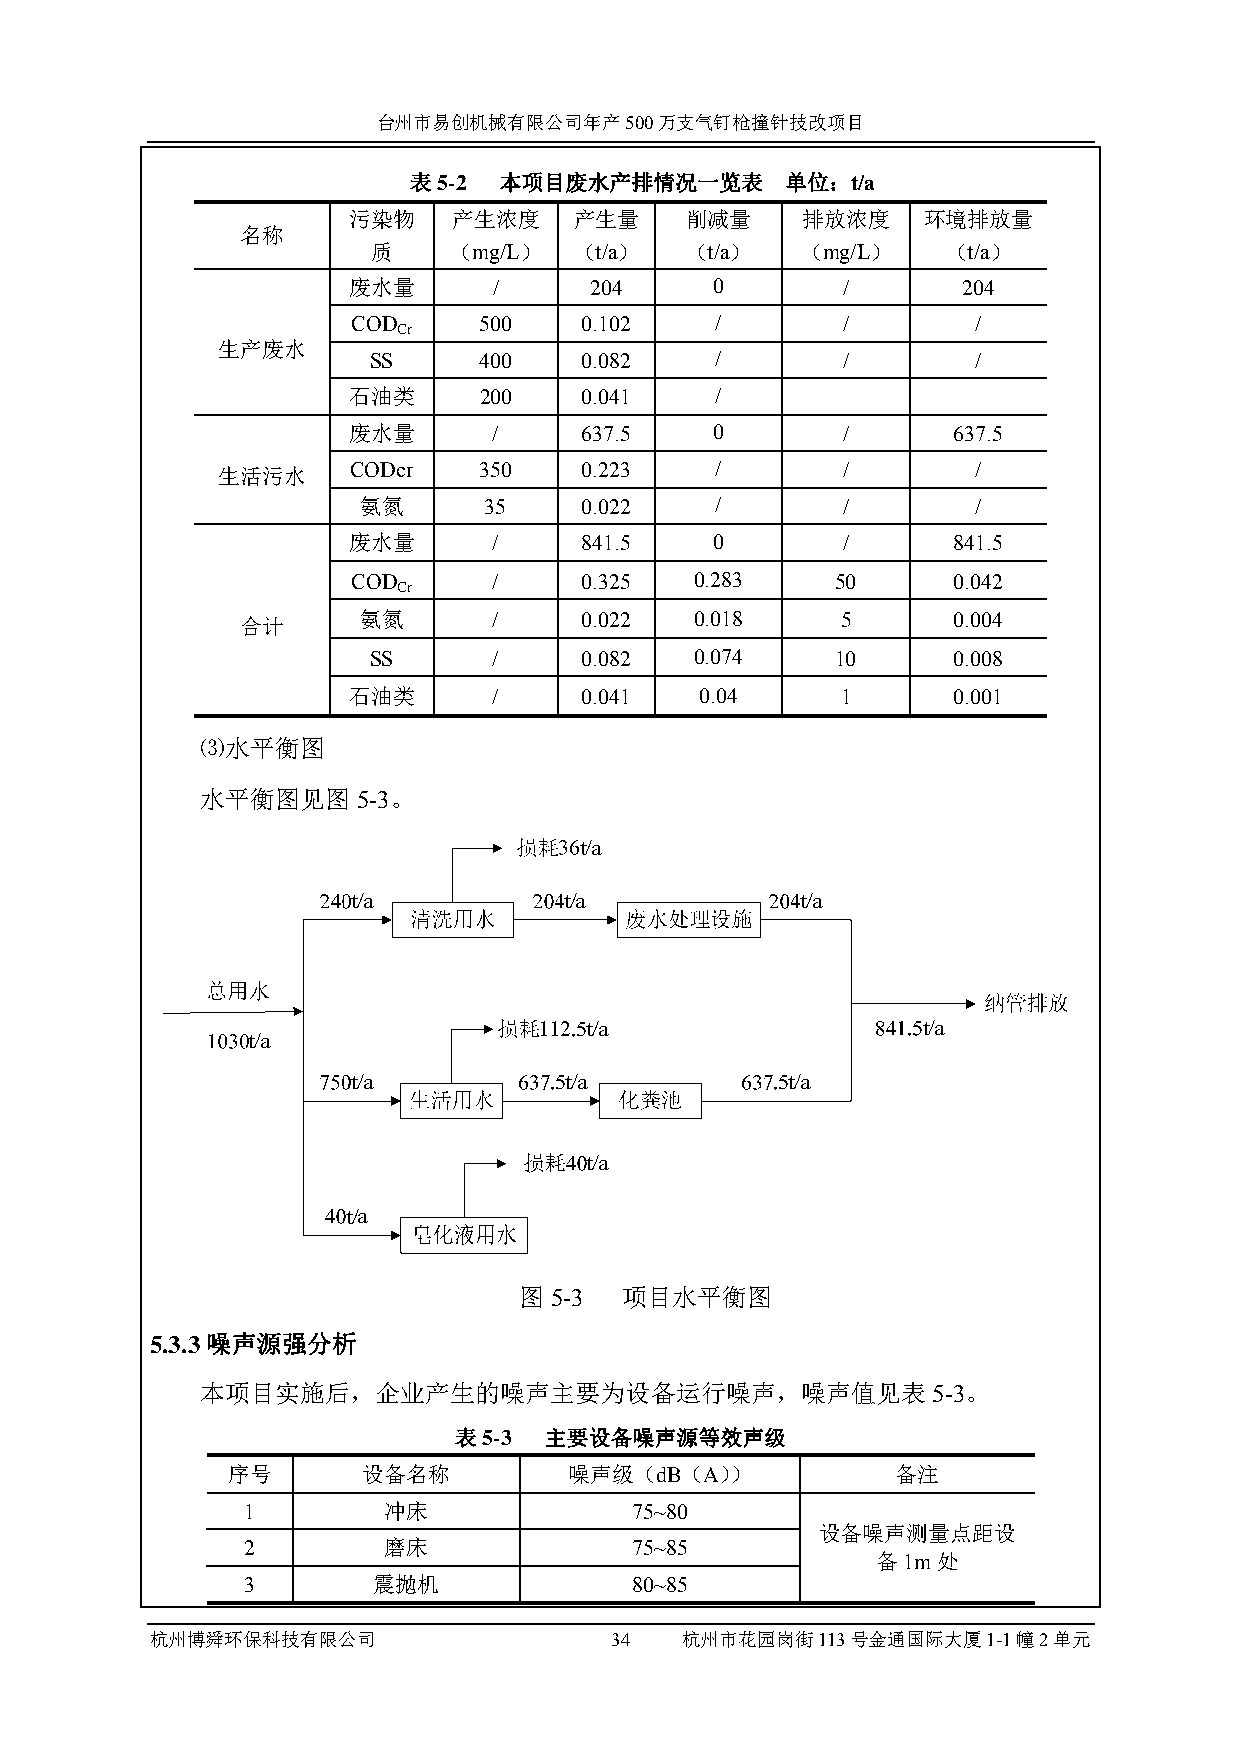
台州市易创机械有限公司年产500万支气钉枪撞针技改项目
 表5-2  本项目废水产排情况一览表       单位：t/a
 污染物    产生浓度    产生量    削减量     排放浓度    环境排放量
 名称
 质    （mg/L）  （t/a）  （t/a）   （mg/L）    （t/a）
 废水量       /     204     0        /       204
 COD      500   0.102    /        /        /
 Cr
 生产废水
 SS      400   0.082    /        /        /
 石油类      200   0.041    /
 废水量       /    637.5    0        /      637.5
 生活污水     CODcr    350   0.223    /        /        /
 氨氮      35    0.022    /        /        /
 废水量       /    841.5    0        /      841.5
 COD       /    0.325   0.283    50      0.042
 Cr
 合计      氨氮       /    0.022   0.018     5      0.004
 SS       /    0.082   0.074    10      0.008
 石油类       /    0.041   0.04      1      0.001
 ⑶水平衡图
 水平衡图见图5-3。
 图5-3   项目水平衡图
 5.3.3噪声源强分析
 本项目实施后，企业产生的噪声主要为设备运行噪声，噪声值见表5-3。
 表5-3  主要设备噪声源等效声级
 序号       设备名称          噪声级（dB（A））           备注
 1        冲床               75~80
 设备噪声测量点距设
 2        磨床               75~85
 备1m处
 3        震抛机              80~85
 杭州博舜环保科技有限公司                  34   杭州市花园岗街113号金通国际大厦1-1幢2单元